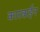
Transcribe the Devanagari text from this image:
कारबाईन